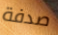
صدفة